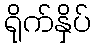
ရိုက်နှိပ်